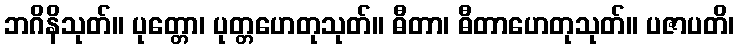
ဘဂိနိသုတ်။ ပုတ္တော၊ ပုတ္တဟေတုသုတ်။ ဓီတာ၊ ဓီတာဟေတုသုတ်။ ပဇာပတိ၊